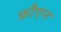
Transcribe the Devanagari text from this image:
फ्रौएन